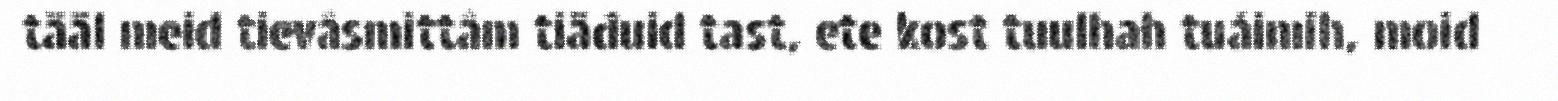
tääl meid tievâsmittâm tiäđuid tast, ete kost tuulhah tuáimih, moid